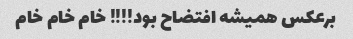
برعکس همیشه افتضاح بود!!!! خام خام خام